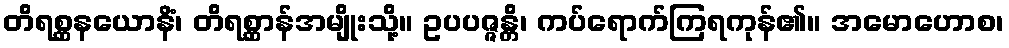
တိရစ္ဆနယောနိံ၊ တိရစ္ဆာန်အမျိုးသို့။ ဥပပဇ္ဇန္တိ၊ ကပ်ရောက်ကြရကုန်၏။ အမောဟောစ၊